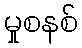
မှုစနစ်